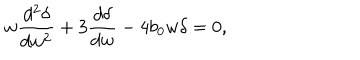
LaTeX: w \frac { d ^ { 2 } \delta } { d w ^ { 2 } } + 3 \frac { d \delta } { d w } - 4 b _ { 0 } w \delta = 0 ,